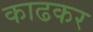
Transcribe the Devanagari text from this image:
काढकर